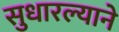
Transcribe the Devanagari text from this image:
सुधारल्याने